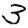
Digit: 3